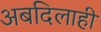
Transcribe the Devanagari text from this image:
अबदिलाही